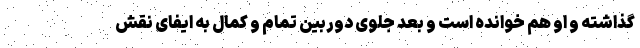
گذاشته و او هم خوانده است و بعد جلوی دوربین تمام و کمال به ایفای نقش